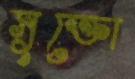
সুক্তো